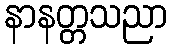
နာနတ္တသညာ